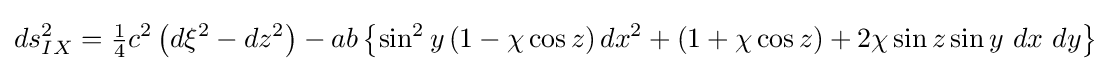
ds_{IX}^{2}={\tfrac {1}{4}}c^{2}\left(d\xi ^{2}-dz^{2}\right)-ab\left\{\sin ^{2}{y}\left(1-\chi \cos {z}\right)dx^{2}+\left(1+\chi \cos {z}\right)+2\chi \sin {z}\sin {y}\ dx\ dy\right\}